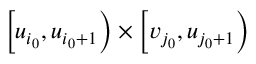
\left[ u _ { i _ { 0 } } , u _ { i _ { 0 } + 1 } \right) \times \left[ v _ { j _ { 0 } } , u _ { j _ { 0 } + 1 } \right)